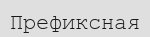
Префиксная